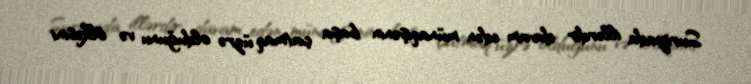
Suriyada illərdir davam edən münaqişənin başa çatmaq üzrə olduğunu və ölkəsini